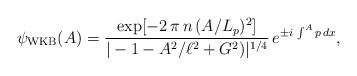
LaTeX: \begin{align*}\psi_{{\rm WKB}}(A) =\frac{\exp [- 2 \,\pi\, n\, (A/L_p)^2]}{|-1-A^2/\ell^2 + G^2)|^{1/4}} \,e^{\pm i\, \int^A p\, dx},\end{align*}